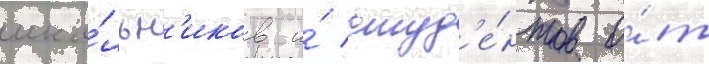
шко́льн'иков и́ студ'е́нтов о́т